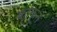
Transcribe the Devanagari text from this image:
कांकुन